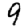
Digit: 9